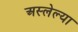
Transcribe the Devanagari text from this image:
अस्लेल्या